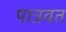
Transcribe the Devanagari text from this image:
पात्रवत